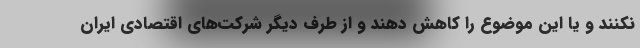
نکنند و یا این موضوع را کاهش دهند و از طرف دیگر شرکت‌های اقتصادی ایران